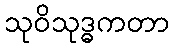
သုဝိသုဒ္ဓကတာ